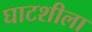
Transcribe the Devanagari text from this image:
घाटशीला